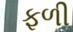
ફળી